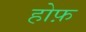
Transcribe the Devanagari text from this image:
होफ़